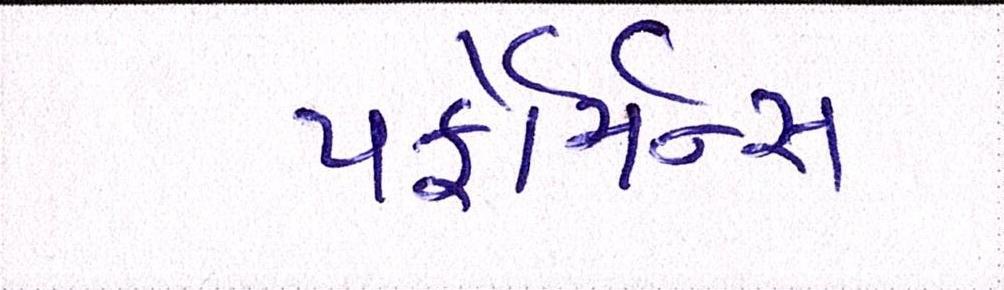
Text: પર્ફોર્મન્સ